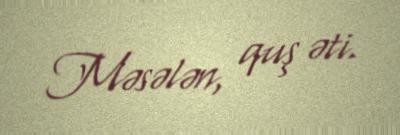
Məsələn, quş əti.